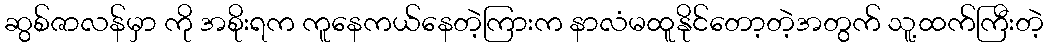
ဆွစ်ဇာလန်မှာ ကို အစိုးရက ကူနေကယ်နေတဲ့ကြားက နာလံမထူနိုင်တော့တဲ့အတွက် သူ့ထက်ကြီးတဲ့